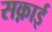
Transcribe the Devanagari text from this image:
सक़ाई